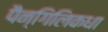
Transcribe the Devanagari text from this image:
पैन्गिलिकधा